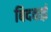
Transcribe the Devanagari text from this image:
बिदवाई